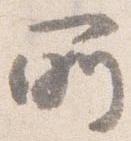
所